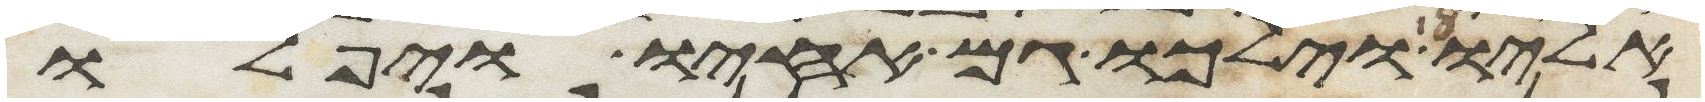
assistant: אליו וילכו גם אחיו ויפלו